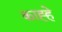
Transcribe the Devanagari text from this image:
काह्हे